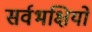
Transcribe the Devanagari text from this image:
सर्वभक्षियों